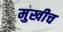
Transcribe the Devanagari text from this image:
मुखीच